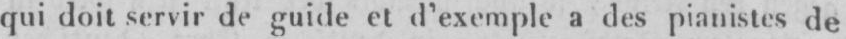
qui doit servir de guide et d’exemple a des pianistes de